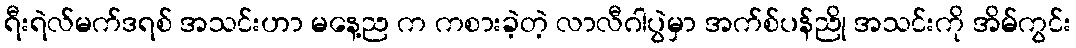
ရီးရဲလ်မက်ဒရစ် အသင်းဟာ မနေ့ည က ကစားခဲ့တဲ့ လာလီဂါပွဲမှာ အက်စ်ပန်ညို အသင်းကို အိမ်ကွင်း